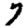
Digit: 7